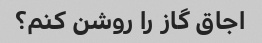
اجاق گاز را روشن کنم؟